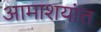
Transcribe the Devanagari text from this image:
आमाशयांत